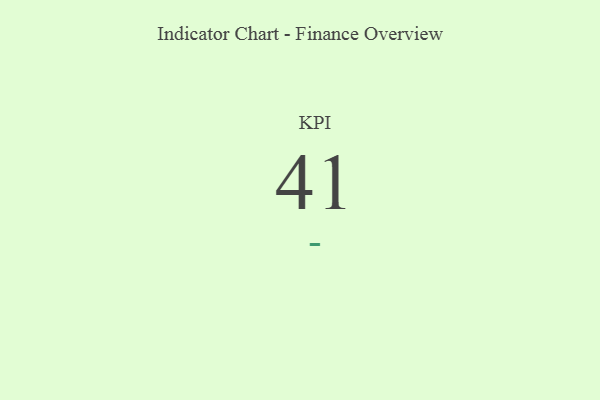
{"axis": {"x": "KPI", "y": "Value"}, "legend": [""], "data": [{"x": "KPI", "y": 41, "type": ""}]}